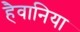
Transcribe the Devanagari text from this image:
हैवानिया